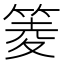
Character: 䈊